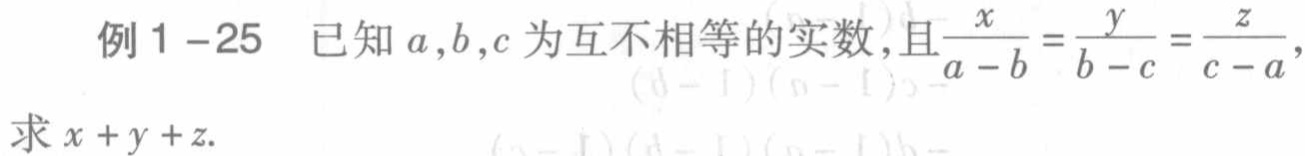
例1 -25 已知\(a,b,c\)为互不相等的实数,且\(\frac{x}{a - b}=\frac{y}{b - c}=\frac{z}{c - a}\),求\(x + y + z\).